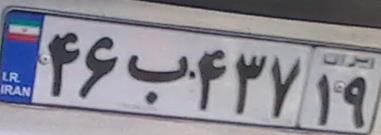
۴۶ب۴۳۷۱۹